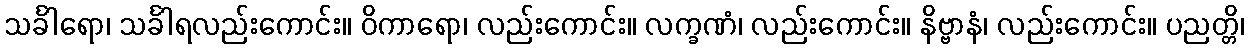
သင်္ခါရော၊ သင်္ခါရလည်းကောင်း။ ဝိကာရော၊ လည်းကောင်း။ လက္ခဏံ၊ လည်းကောင်း။ နိဗ္ဗာနံ၊ လည်းကောင်း။ ပညတ္တိ၊